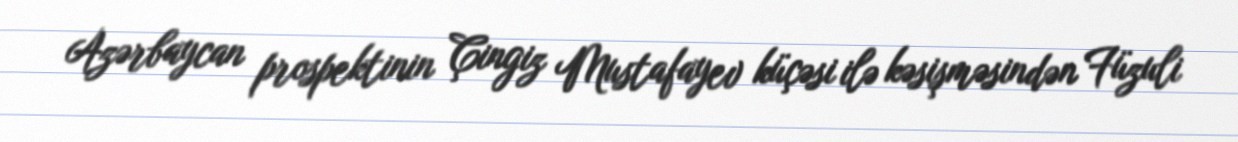
Azərbaycan prospektinin Çingiz Mustafayev küçəsi ilə kəsişməsindən Füzuli